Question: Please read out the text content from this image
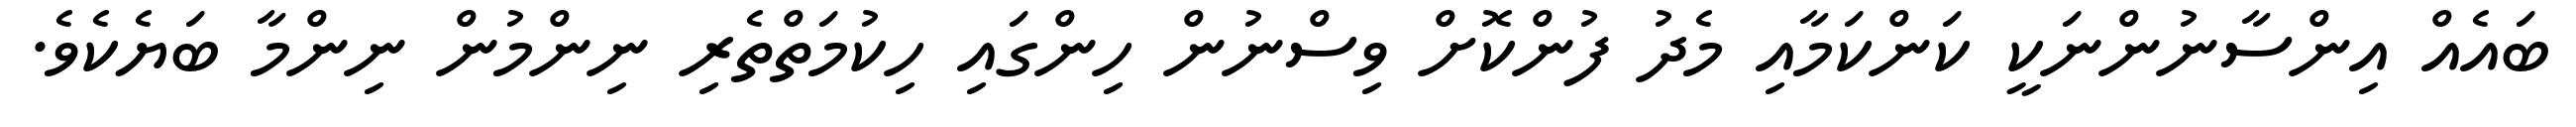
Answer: ބައެއް އިންސާނުންނަކީ ކަންކަމާއި މެދު ފުންކޮށް ވިސްނުން ހިންގައި ހިކުމަތްތެރި ނިންމުން ނިންމާ ބަޔެކެވެ.